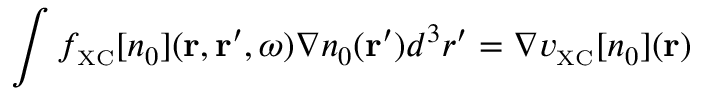
\int f _ { \scriptscriptstyle \mathrm { X C } } [ n _ { 0 } ] ( { \bf r } , { \bf r } ^ { \prime } , \omega ) \nabla n _ { 0 } ( { \bf r } ^ { \prime } ) d ^ { 3 } r ^ { \prime } = \nabla v _ { \scriptscriptstyle \mathrm { X C } } [ n _ { 0 } ] ( { \bf r } )